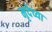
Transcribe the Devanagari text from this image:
मृदेच्या